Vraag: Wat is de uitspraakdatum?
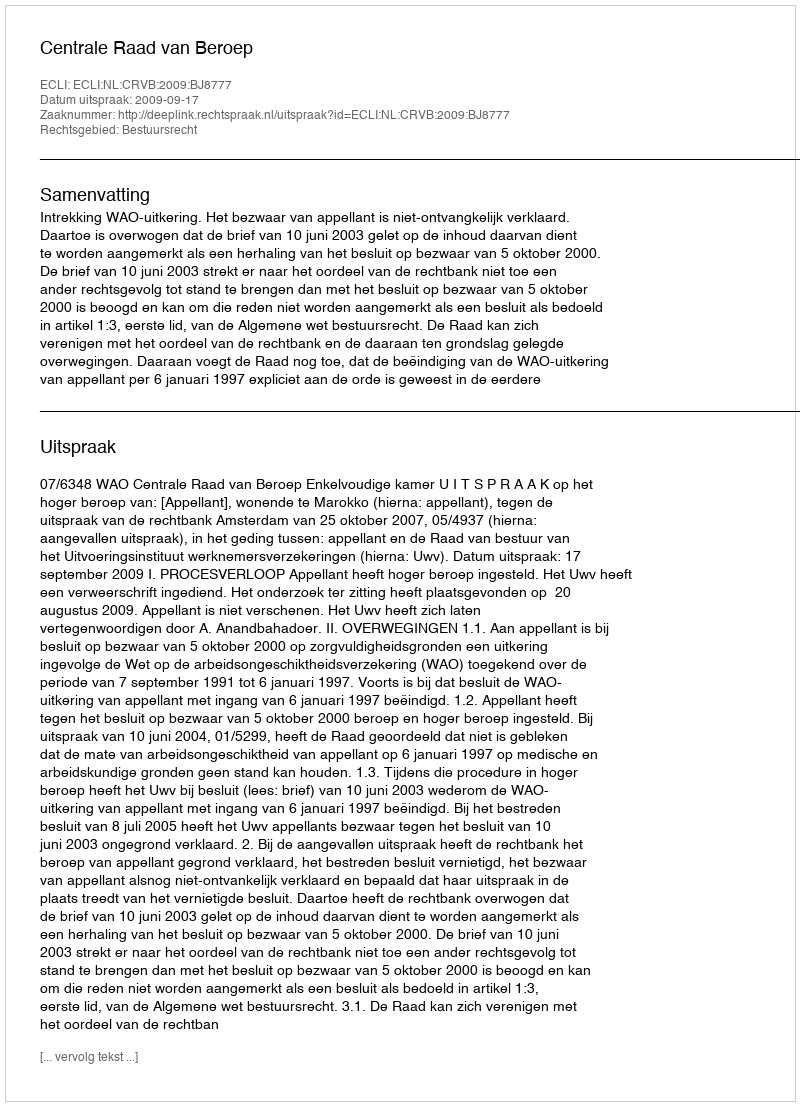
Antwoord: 2009-09-17